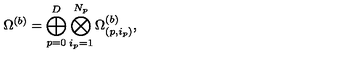
\Omega ^ { ( b ) } = \bigoplus _ { p = 0 } ^ { D } \bigotimes _ { i _ { p } = 1 } ^ { N _ { p } } \Omega _ { ( p , i _ { p } ) } ^ { ( b ) } ,